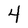
Character: 4